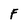
Character: F